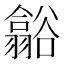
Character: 𮙑